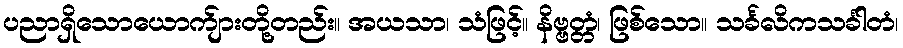
ပညာရှိသောယောက်ျားတို့တည်း။ အယသာ၊ သံဖြင့်။ နိဗ္ဗတ္တံ၊ ဖြစ်သော။ သင်္ခလိကသင်္ခါတံ၊